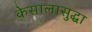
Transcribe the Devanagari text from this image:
केसालासुद्धा